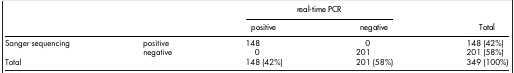
<table><thead><tr><td><b> </b></td><td><b> </b></td><td colspan="2"><b>real-time PCR</b></td><td><b> </b></td></tr><tr><td><b> </b></td><td><b> </b></td><td><b>positive</b></td><td><b>negative</b></td><td><b>Total</b></td></tr></thead><tbody><tr><td>Sanger sequencing</td><td>positive</td><td>148</td><td>0</td><td>148 (42%)</td></tr><tr><td> </td><td>negative</td><td>0</td><td>201</td><td>201 (58%)</td></tr><tr><td>Total</td><td> </td><td>148 (42%)</td><td>201 (58%)</td><td>349 (100%)</td></tr></tbody></table>